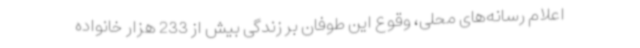
اعلام رسانه‌های محلی، وقوع این طوفان بر زندگی بیش از 233 هزار خانواده